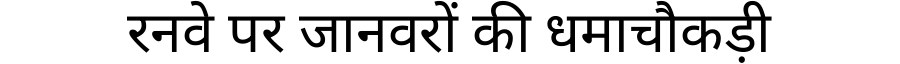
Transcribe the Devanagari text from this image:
रनवे पर जानवरों की धमाचौकड़ी